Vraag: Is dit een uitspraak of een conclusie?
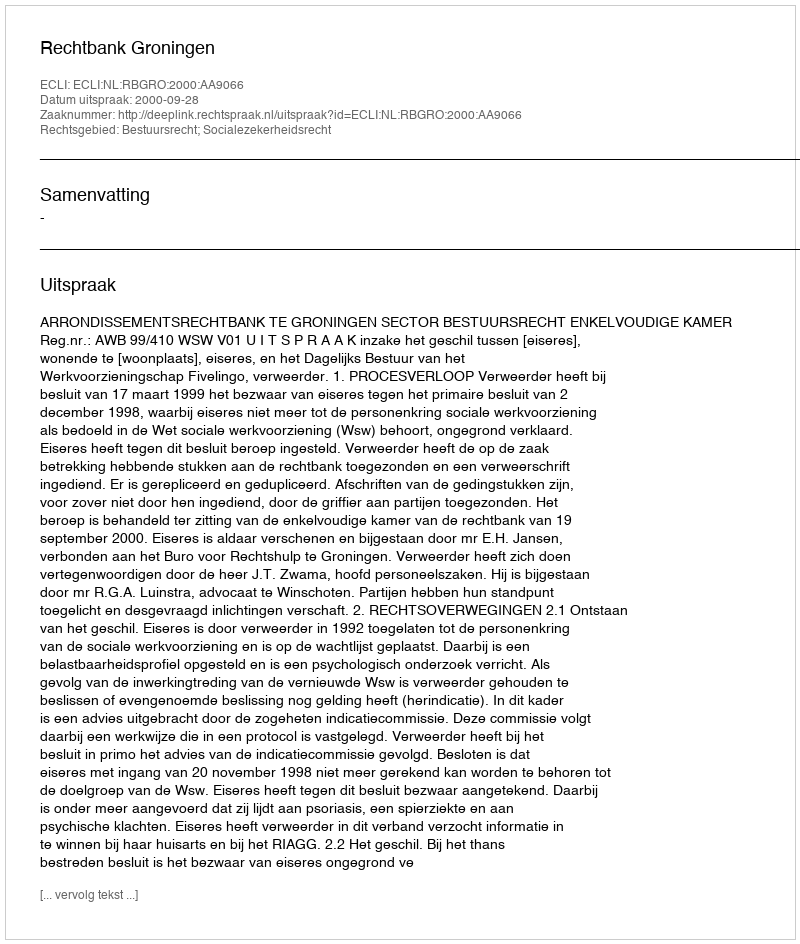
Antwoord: Uitspraak